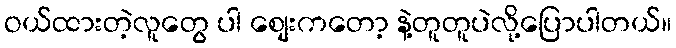
ဝယ်ထားတဲ့လူတွေ ပါ စျေးကတော့ နဲ့တူတူပဲလို့ပြောပါတယ်။